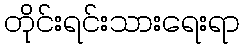
တိုင်းရင်းသားရေးရာ